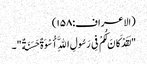
(الاعراف:۱۵۸)
"لَقَدْ کَانَ لَکُمْ فِی رَسُولِ اللَّهِ أُسْوَةٌ حَسَنَةٌ"۔